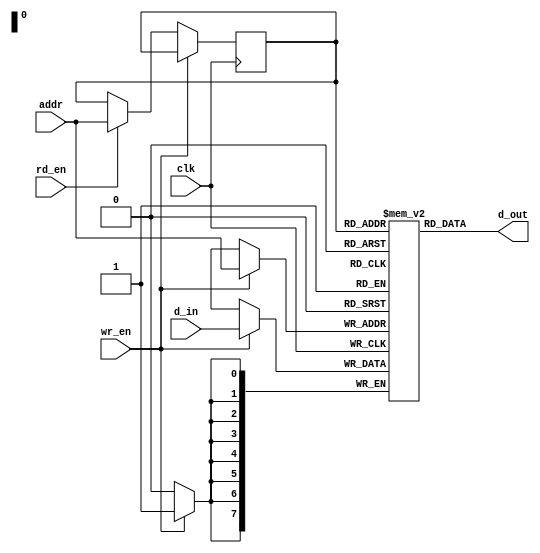
//----------------------------------------------------------------------
//
//----------------------------------------------------------------------
// This is free and unencumbered software released into the public domain.
//
// Anyone is free to copy, modify, publish, use, compile, sell, or
// distribute this software, either in source code form or as a compiled
// binary, for any purpose, commercial or non-commercial, and by any
// means.
//
// In jurisdictions that recognize copyright laws, the author or authors
// of this software dedicate any and all copyright interest in the
// software to the public domain. We make this dedication for the benefit
// of the public at large and to the detriment of our heirs and
// successors. We intend this dedication to be an overt act of
// relinquishment in perpetuity of all present and future rights to this
// software under copyright law.
//
// THE SOFTWARE IS PROVIDED "AS IS", WITHOUT WARRANTY OF ANY KIND,
// EXPRESS OR IMPLIED, INCLUDING BUT NOT LIMITED TO THE WARRANTIES OF
// MERCHANTABILITY, FITNESS FOR A PARTICULAR PURPOSE AND NONINFRINGEMENT.
// IN NO EVENT SHALL THE AUTHORS BE LIABLE FOR ANY CLAIM, DAMAGES OR
// OTHER LIABILITY, WHETHER IN AN ACTION OF CONTRACT, TORT OR OTHERWISE,
// ARISING FROM, OUT OF OR IN CONNECTION WITH THE SOFTWARE OR THE USE OR
// OTHER DEALINGS IN THE SOFTWARE.
//
// For more information, please refer to <http://unlicense.org/> 
//----------------------------------------------------------------------

module behave1p_mem
  #(parameter depth=256,
    parameter width=8,
    parameter addr_sz=$clog2(depth))
  (/*AUTOARG*/
  // Outputs
  d_out,
  // Inputs
  wr_en, rd_en, clk, d_in, addr
  );
  input        wr_en, rd_en, clk;
  input [width-1:0] d_in;
  input [addr_sz-1:0]     addr;

  output [width-1:0]     d_out;

  reg [addr_sz-1:0] r_addr;

  reg [width-1:0]            array[0:depth-1];
  
  always @(posedge clk)
    begin
      if (wr_en)
        begin
          array[addr] <= #1 d_in;
        end
      else if (rd_en)
        begin
          r_addr <= #1 addr;
        end
    end // always @ (posedge clk)

  assign d_out = array[r_addr];

/* -----\/----- EXCLUDED -----\/-----
  genvar g;

  generate
    for (g=0; g<depth; g=g+1)
      begin : breakout
        wire [width-1:0] brk;

        assign brk=array[g];
      end
  endgenerate
 -----/\----- EXCLUDED -----/\----- */

endmodule